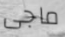
ماجى